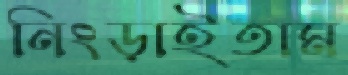
নিংড়াইতাম